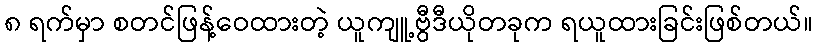
၈ ရက်မှာ စတင်ဖြန့်ဝေထားတဲ့ ယူကျူ့ဗွီဒီယိုတခုက ရယူထားခြင်းဖြစ်တယ်။